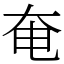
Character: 奄